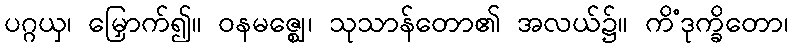
ပဂ္ဂယှ၊ မြှောက်၍။ ဝနမဇ္ဈေ၊ သုသာန်တော၏ အလယ်၌။ ကိံဒုက္ခိတော၊